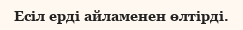
Есіл ерді айламенен өлтірді.